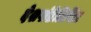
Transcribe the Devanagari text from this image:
देशपांडेलिखित